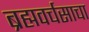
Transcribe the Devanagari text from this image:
ब्रह्मवर्चसाचा